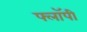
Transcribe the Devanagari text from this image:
फ्लाॅपी